Vaccination United Provinces of Agra and Oudh 1902-1913 - 1902-1913
Year: 1902
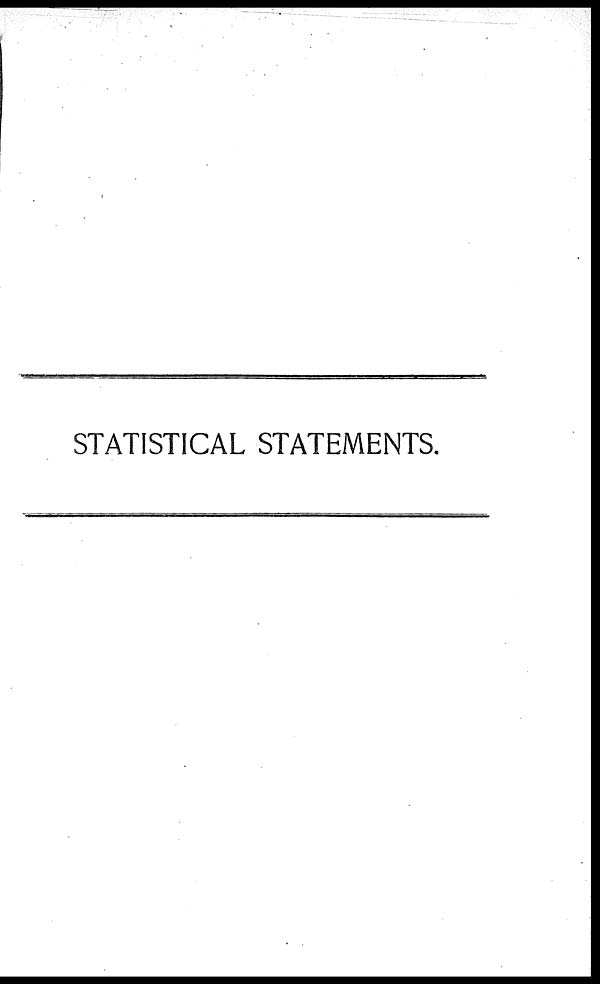
STATISTICAL STATEMENTS.